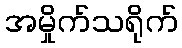
အမှိုက်သရိုက်